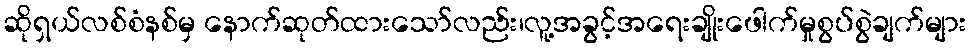
ဆိုရှယ်လစ်စံနစ်မှ နောက်ဆုတ်ထားသော်လည်း၊လူ့အခွင့်အရေးချိုးဖေါက်မှုစွပ်စွဲချက်များ